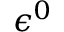
\epsilon ^ { 0 }